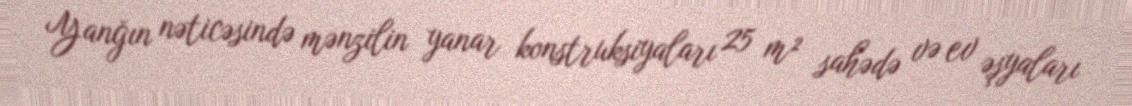
Yanğın nəticəsində mənzilin yanar konstruksiyaları 25 m² sahədə və ev əşyaları